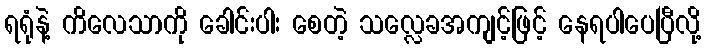
ရရုံနဲ့ ကိလေသာကို ခေါင်းပါး စေတဲ့ သလ္လေခအကျင့်ဖြင့် နေရပါပေပြီလို့